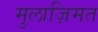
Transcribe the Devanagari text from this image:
मुलाज़िमत